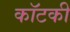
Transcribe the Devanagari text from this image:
कॉटकी